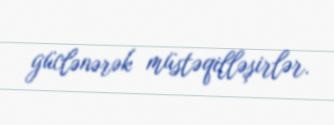
güclənərək müstəqilləşirlər.